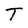
Character: T